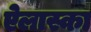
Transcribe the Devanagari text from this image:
ऐलास्का